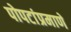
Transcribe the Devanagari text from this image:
पोपटांप्रमाणे